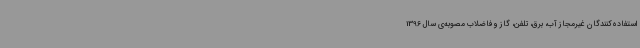
استفاده‌کنندگان غیرمجاز آب، برق، تلفن، گاز و فاضلاب مصوبه‌ی سال 1396